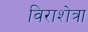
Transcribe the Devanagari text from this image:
विराशेत्रा